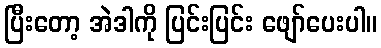
ပြီးတော့ အဲဒါကို ပြင်းပြင်း ဖျော်ပေးပါ။